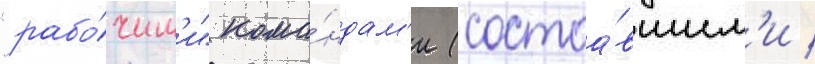
"рабо́чим'и" кома́ндам'и (состоа́вшим'и /